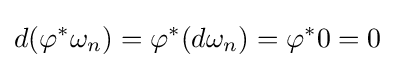
d(\varphi ^{*}\omega _{n})=\varphi ^{*}(d\omega _{n})=\varphi ^{*}0=0